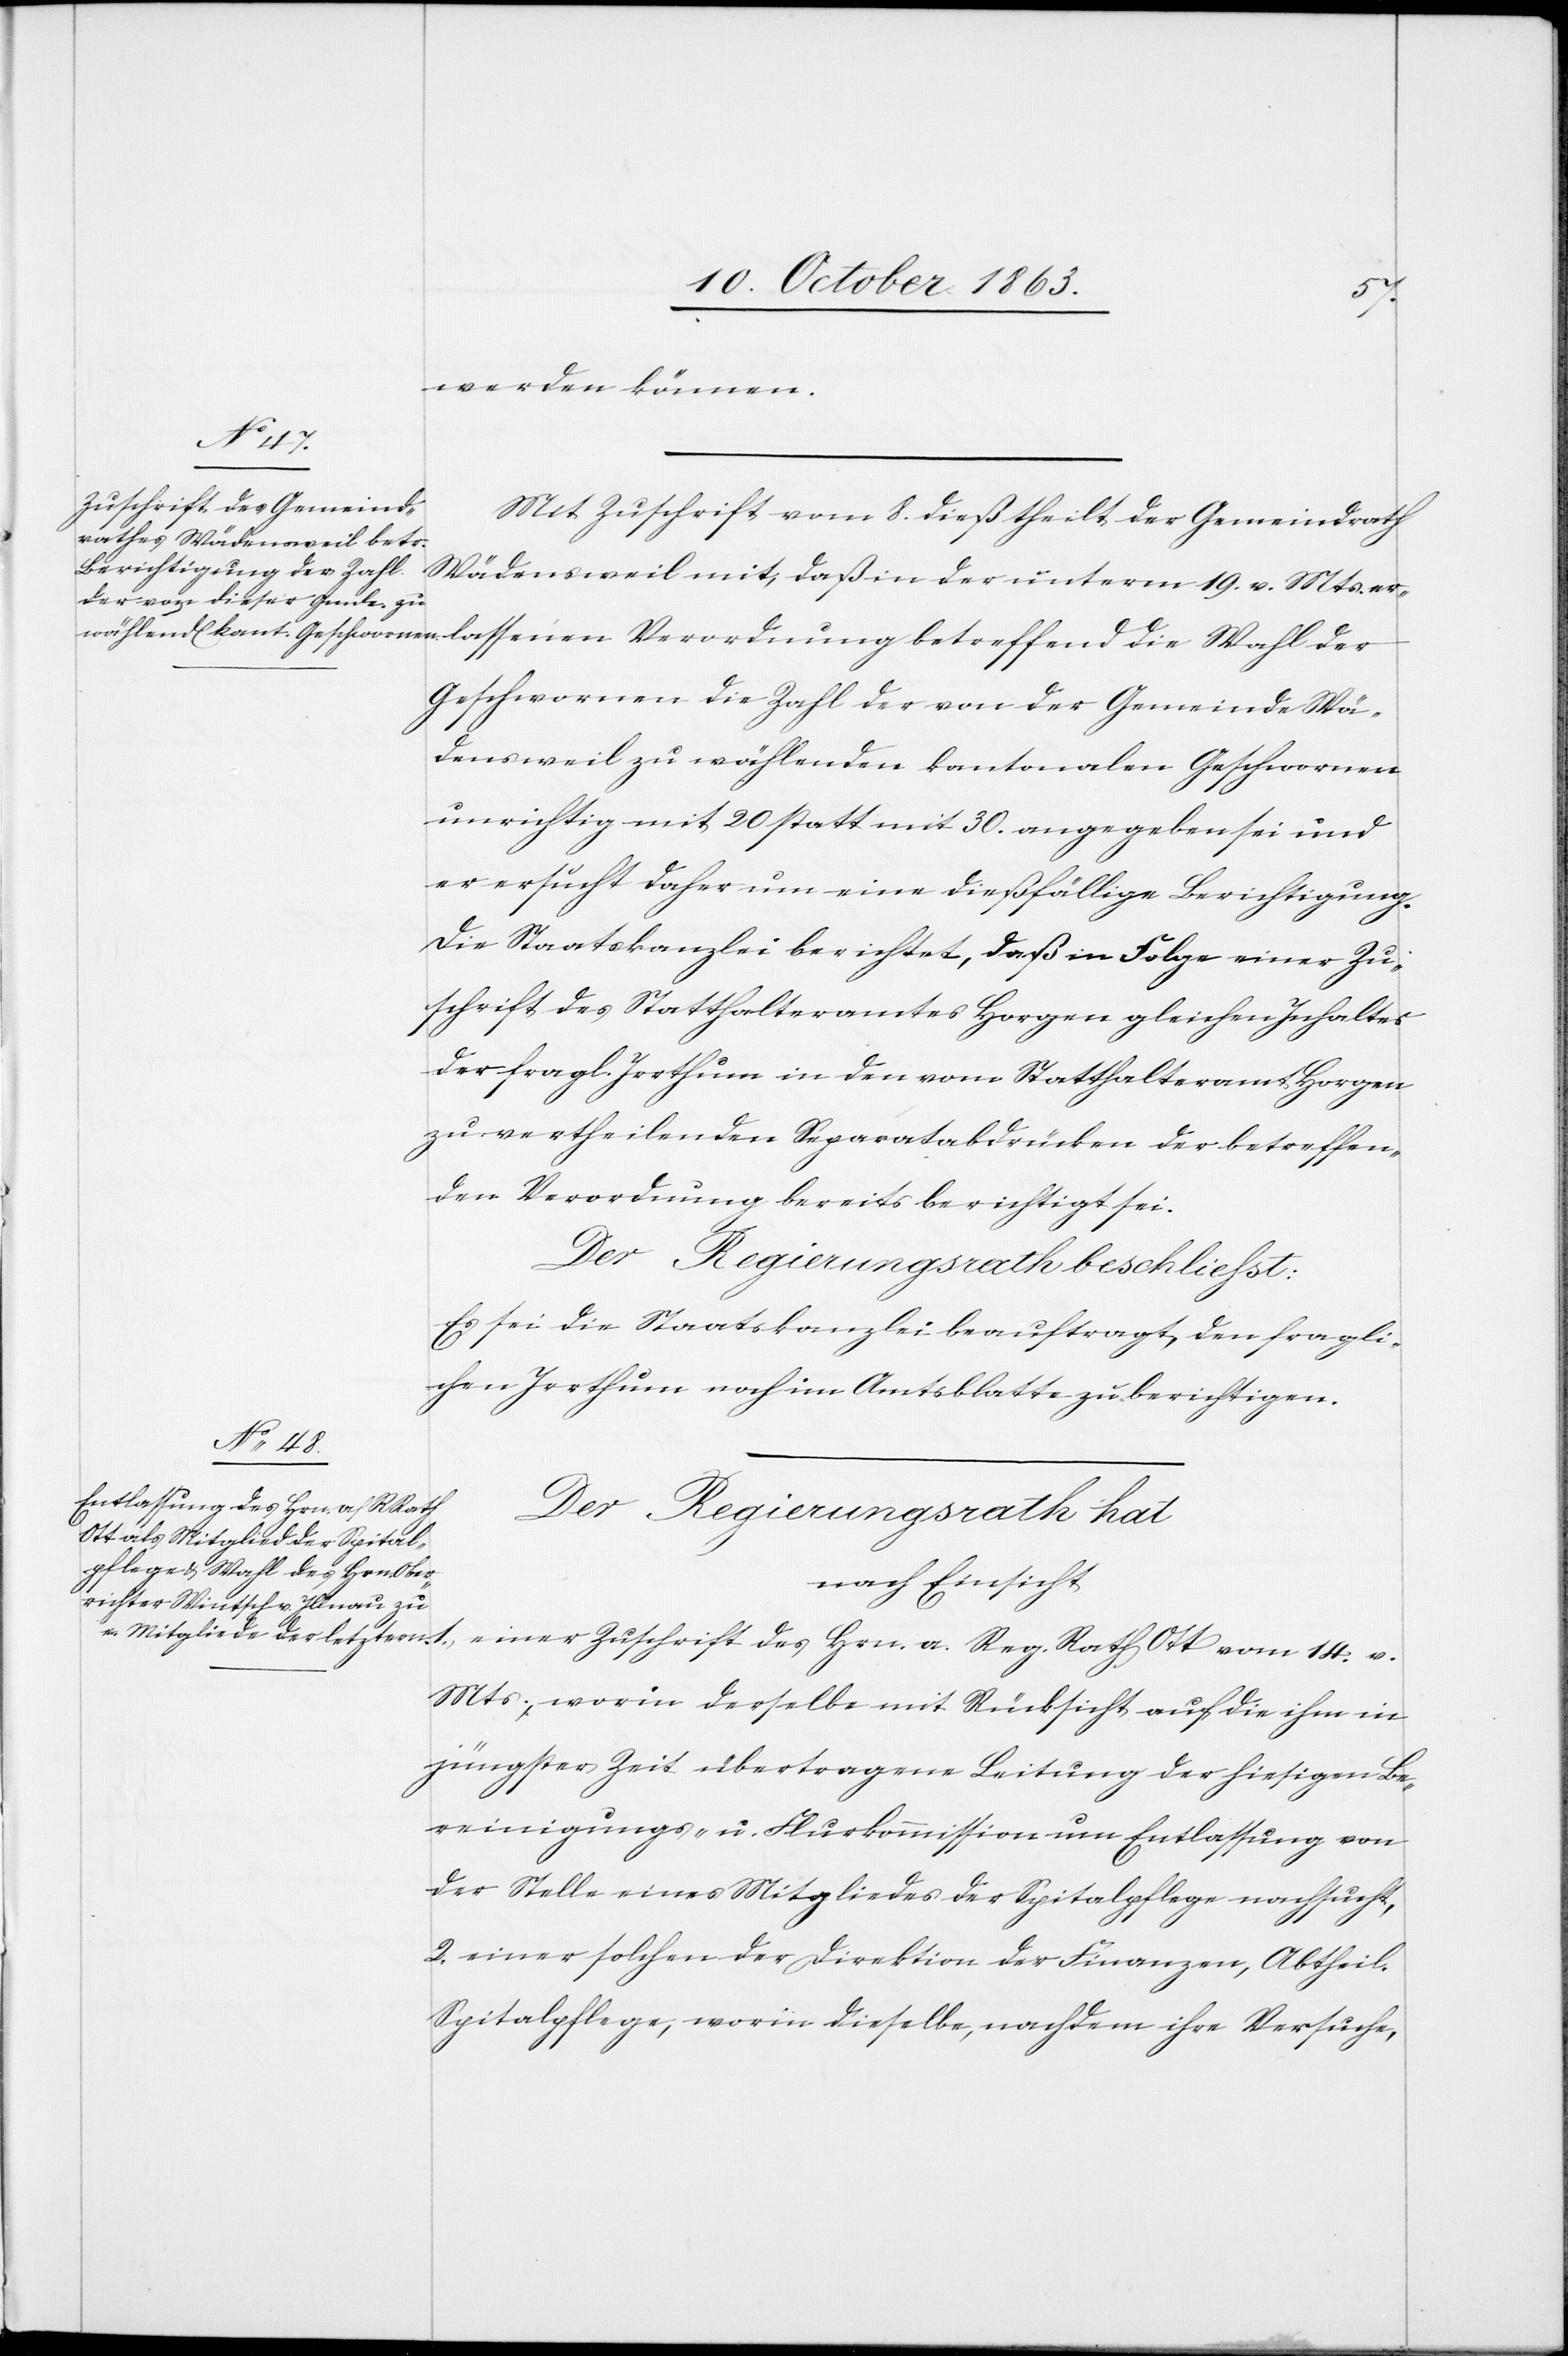
ung
werden können.
Mit Zuschrift vom 8. dieß theilt der Gemeindrath
Wädensweil mit, daß in der unterm 19. v. Mts.
Geschwornen die Zahl der von der Gemeinde Wä¬
densweil zu wählenden kantonalen Geschwornen
unrichtig mit 20 statt mit 30. angegeben sei und
er ersucht daher um eine dießfällige Berichtigung.
Die Staatskanzlei berichtet, daß in Folge einer Zu¬
schrift des Statthalteramtes Horgen gleichen Inhaltes
der fragl. Irrthum in den vom Statthalteramt Horgen
zu vertheilenden Separatabdrücken der betreffen¬
den Verordnung bereits berichtigt sei.
Der Regierungsrath beschliesst:
Es sei die Staatskanzlei beauftragt, den fragli¬
chen Irrthum noch im Amtsblatte zu berichtigen.
Der Regierungsrath hat
nach Einsicht
einer Zuschrift des Hrn. a. Reg. Rath Ott vom 14. v.
Mts., worin derselbe mit Rücksicht auf die ihm in
jüngster Zeit übertragene Leitung der hiesigen Be¬
reinigungs- u. Flurkommission um Entlassung von
der Stelle eines Mitgliedes der Spitalpflege nachsucht,
2. einer solchen der Direktion der Finanzen, Abtheil¬
Spitalpflege, worin dieselbe, nachdem ihre Versuche,